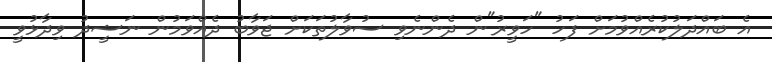
އެ ބައްދަލުކުރެއްވުމަށް ފަހު "ހަވީރު"ން ދެންނެވި ސުވާލުތަކަށް ޖަވާބު ދެއްވަމުން ނަޝީދު ވިދާޅުވީ